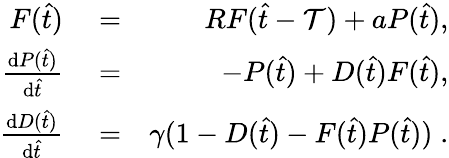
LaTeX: \begin{array}{rlr}{F(\hat{t})}&{{}=}&{RF(\hat{t}-\mathcal{T})+aP(\hat{t}),}\\ {\frac{\mathrm{d}P(\hat{t})}{\mathrm{d}\hat{t}}}&{{}=}&{-P(\hat{t})+D(\hat{t})F(\hat{t}),}\\ {\frac{\mathrm{d}D(\hat{t})}{\mathrm{d}\hat{t}}}&{{}=}&{\gamma(1-D(\hat{t})-F(\hat{t})P(\hat{t}))\; .}\end{array}